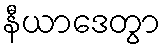
နီယာဒေတွာ